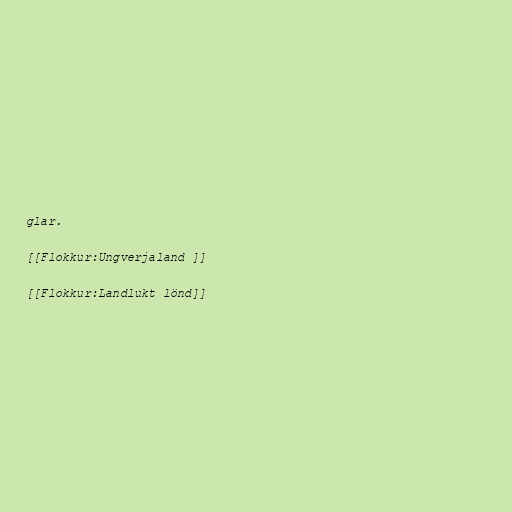
glar.

[[Flokkur:Ungverjaland ]]

[[Flokkur:Landlukt lönd]]